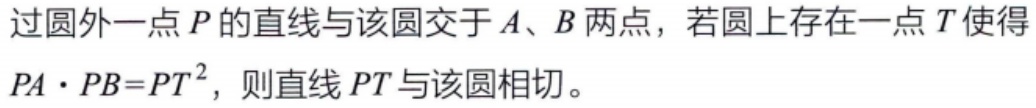
过圆外一点\(P\)的直线与该圆交于\(A、B\)两点，若圆上存在一点\(T\)使得\(PA\cdot PB = PT^{2}\)，则直线\(PT\)与该圆相切。